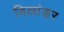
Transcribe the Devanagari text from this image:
विलांडर